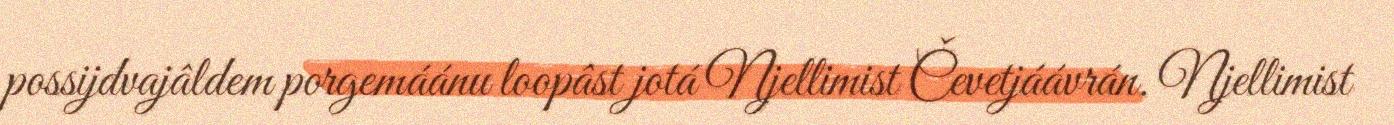
possijdvajâldem porgemáánu loopâst jotá Njellimist Čevetjáávrán. Njellimist